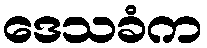
ဒေသခံက